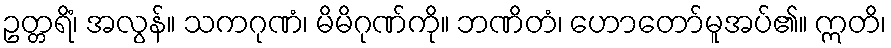
ဥတ္တရိံ၊ အလွန်။ သကဂုဏံ၊ မိမိဂုဏ်ကို။ ဘဏိတံ၊ ဟောတော်မူအပ်၏။ ဣတိ၊